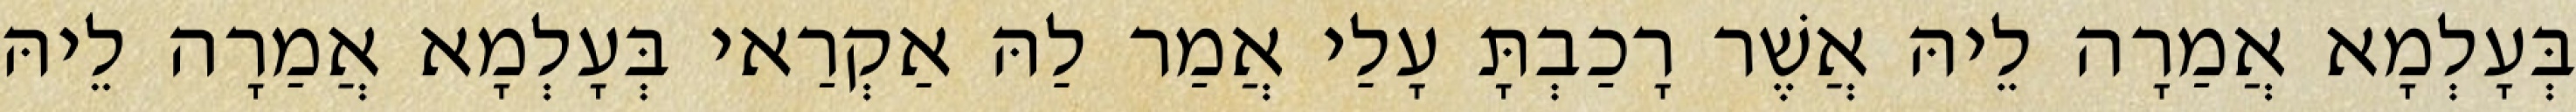
בְּעָלְמָא אֲמַרָה לֵיהּ אֲשֶׁר רָכַבְתָּ עָלַי אֲמַר לַהּ אַקְרַאי בְּעָלְמָא אֲמַרָה לֵיהּ